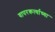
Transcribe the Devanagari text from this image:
वापरकर्त्याच्या